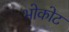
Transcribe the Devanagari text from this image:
भोकोट